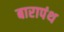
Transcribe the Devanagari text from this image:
बारापंथ